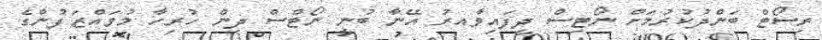
ރިސޯޓް ބަންދުކުރުމަށް ނޯޓިސް ދީފައިވާއރު އޭނާ ބުނީ ނޯޓްސް ދިން ހުރިހާ މުވައްޒަފުންގެ